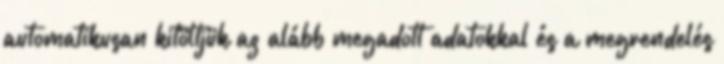
automatikusan kitöltjük az alább megadott adatokkal és a megrendelés